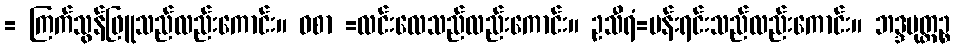
= ကြက်သွန်ဖြူသည်လည်းကောင်း။ ဝစာ =လင်းလေသည်လည်းကောင်း။ ဥသီရံ=ပန်းရင်းသည်လည်းကောင်း။ ဘဒ္ဒမုတ္တဉ္စ